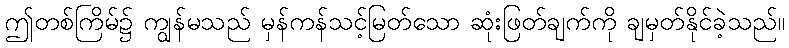
ဤတစ်ကြိမ်၌ ကျွန်မသည် မှန်ကန်သင့်မြတ်သော ဆုံးဖြတ်ချက်ကို ချမှတ်နိုင်ခဲ့သည်။